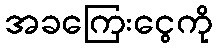
အခကြေးငွေကို